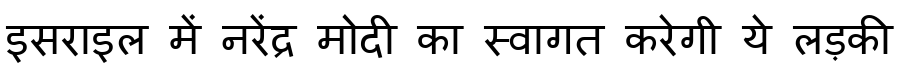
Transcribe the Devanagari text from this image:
इसराइल में नरेंद्र मोदी का स्वागत करेगी ये लड़की